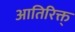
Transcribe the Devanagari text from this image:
आतिरिक्त्